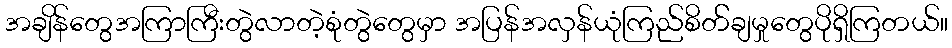
အချိန်တွေအကြာကြီးတွဲလာတဲ့စုံတွဲတွေမှာ အပြန်အလှန်ယုံကြည်စိတ််ချမှုတွေပိုရှိကြတယ်။